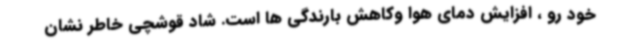
خود رو ، افزایش دمای هوا وکاهش بارندگی ها است. شاد قوشچی خاطر نشان